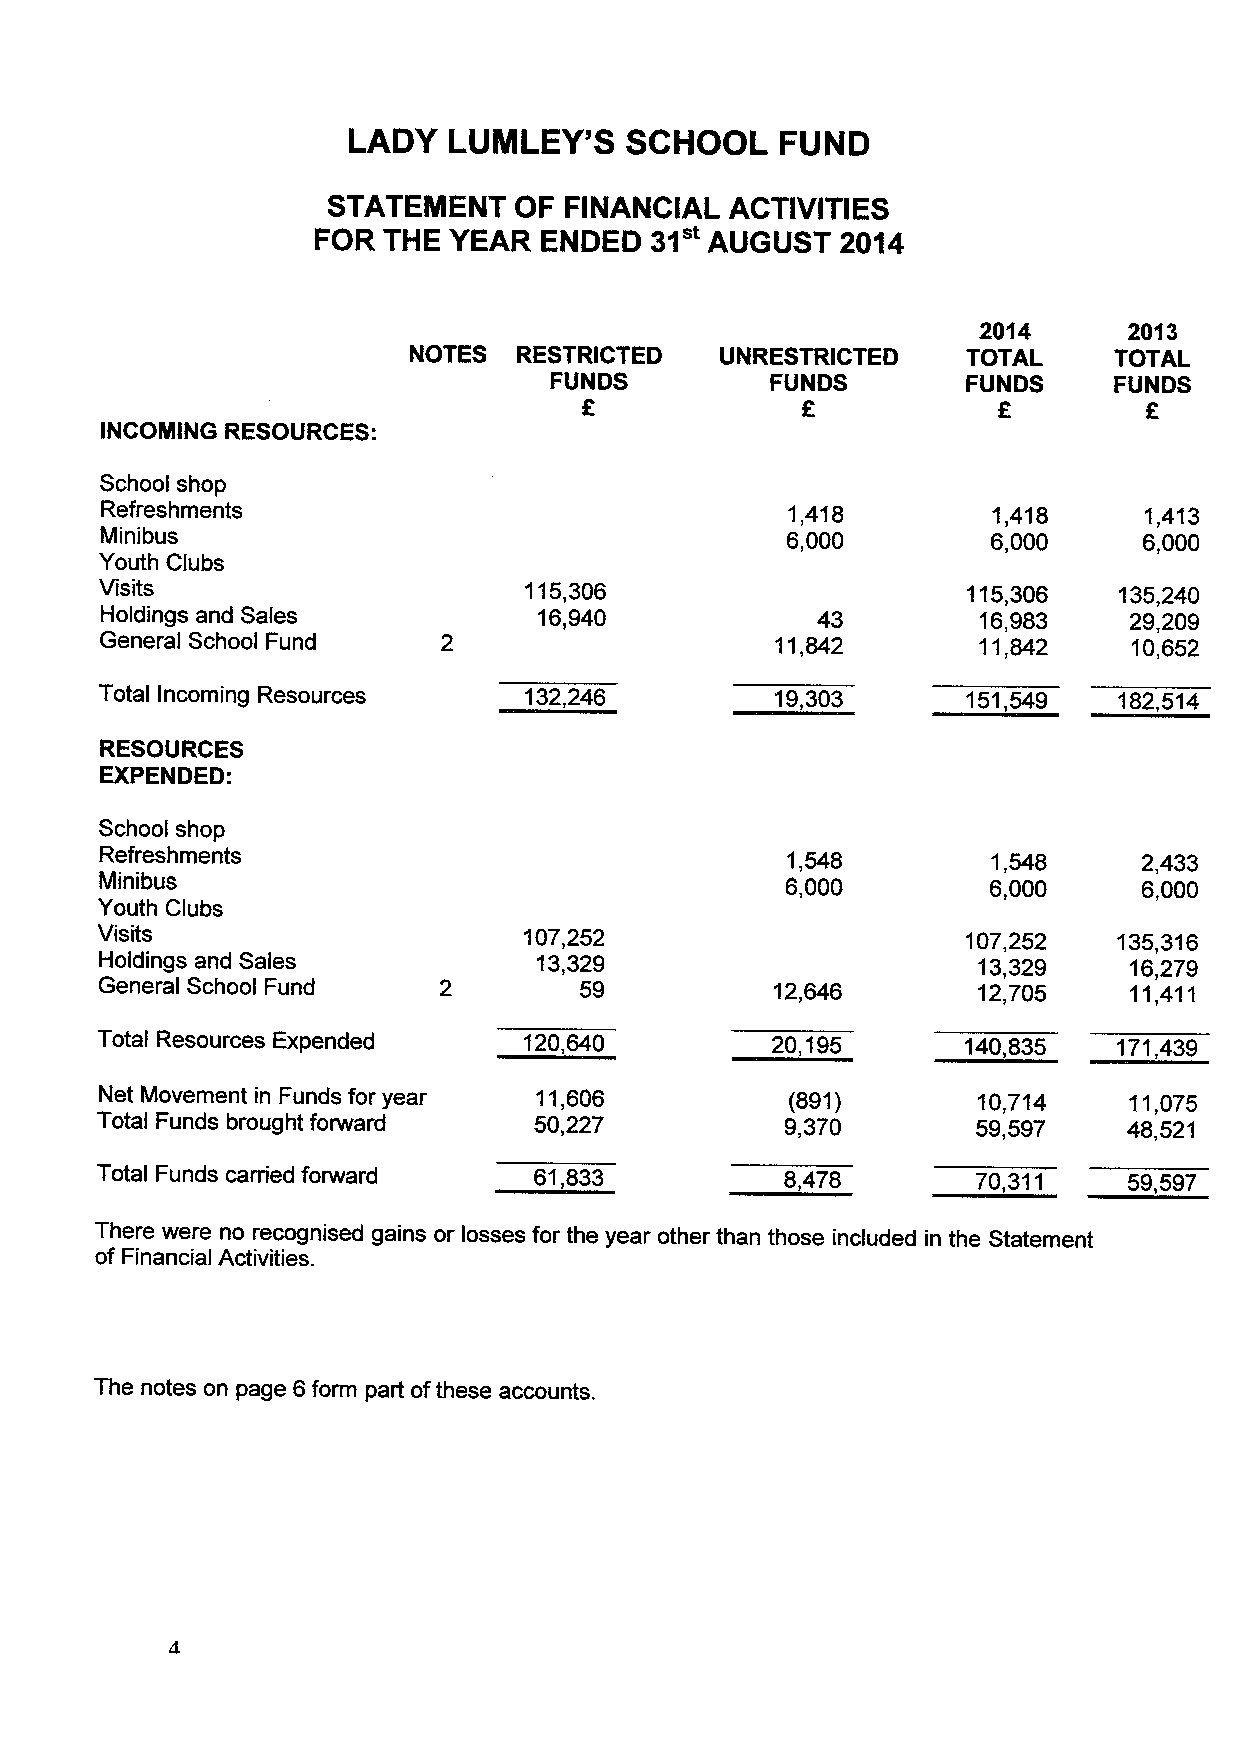
LADY   LUMLEY'S   SCHOOL     FUND
 STATEMENT   OF FINANCIAL  ACTIVITIES
 31"
 FOR THE  YEAR  ENDED      AUGUST   2014
 2014      2013
 NOTES  RESTRICTED    UNRESTRICTED    TOTAL     TOTAL
 FUNDS          FUNDS        FUNDS     FUNDS
 f
 INCOMING RESOURCES:
 School shop
 Refreshments                                 1,418         1,418     1,413
 Minibus                                      6,000         6,000     6,000
 Youth Clubs
 Visits                      115,306                      115,306   135,240
 Holdings and Sales           16,940            43         16,983    29,209
 General School Fund                         11,842        11,842    10,652
 Total Incoming Resources    132,246         19,303       151,549   182,514
 RESOURCES
 EXPENDED:
 School shop
 Refreshments                                 1,548         1,548     2,433
 Minibus                                      6,000        6,000      6,000
 Youth Clubs
 Visits                       107,252                      107,252   135,316
 Holdings and Sales           13,329                       13,329    16,279
 General School Fund            59           12,646        12,705    11,411
 Total Resources Expended     120,640         20,195       140,835   171,439
 Net Movement in Funds for year 11,606        (891)        10,714    11,075
 Total Funds brought forward  50,227           9,370        59,597    48,521
 Total Funds carried forward  61,833           8,478        70,311    59,597
 There were no recognised gains or losses for the year other than those induded in the Statement
 of Financial Activities.
 The notes on page 6form part ofthese accounts.